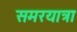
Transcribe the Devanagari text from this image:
समरयात्रा